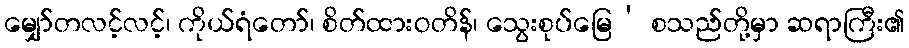
မျှော်တလင့်လင့်၊ ကိုယ်ရံတော်၊ စိတ်ထားဝတိန်၊ သွေးစုပ်မြေ’ စသည်တို့မှာ ဆရာကြီး၏